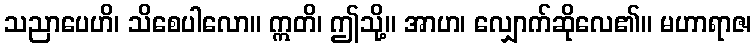
သညာပေဟိ၊ သိစေပါလော။ ဣတိ၊ ဤသို့။ အာဟ၊ လျှောက်ဆိုလေ၏။ မဟာရာဇ၊